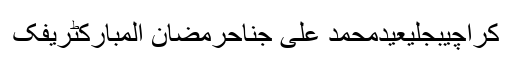
کراچیبجلیعیدمحمد علی جناحرمضان المبارکٹریفک